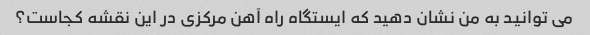
می توانید به من نشان دهید که ایستگاه راه آهن مرکزی در این نقشه کجاست؟